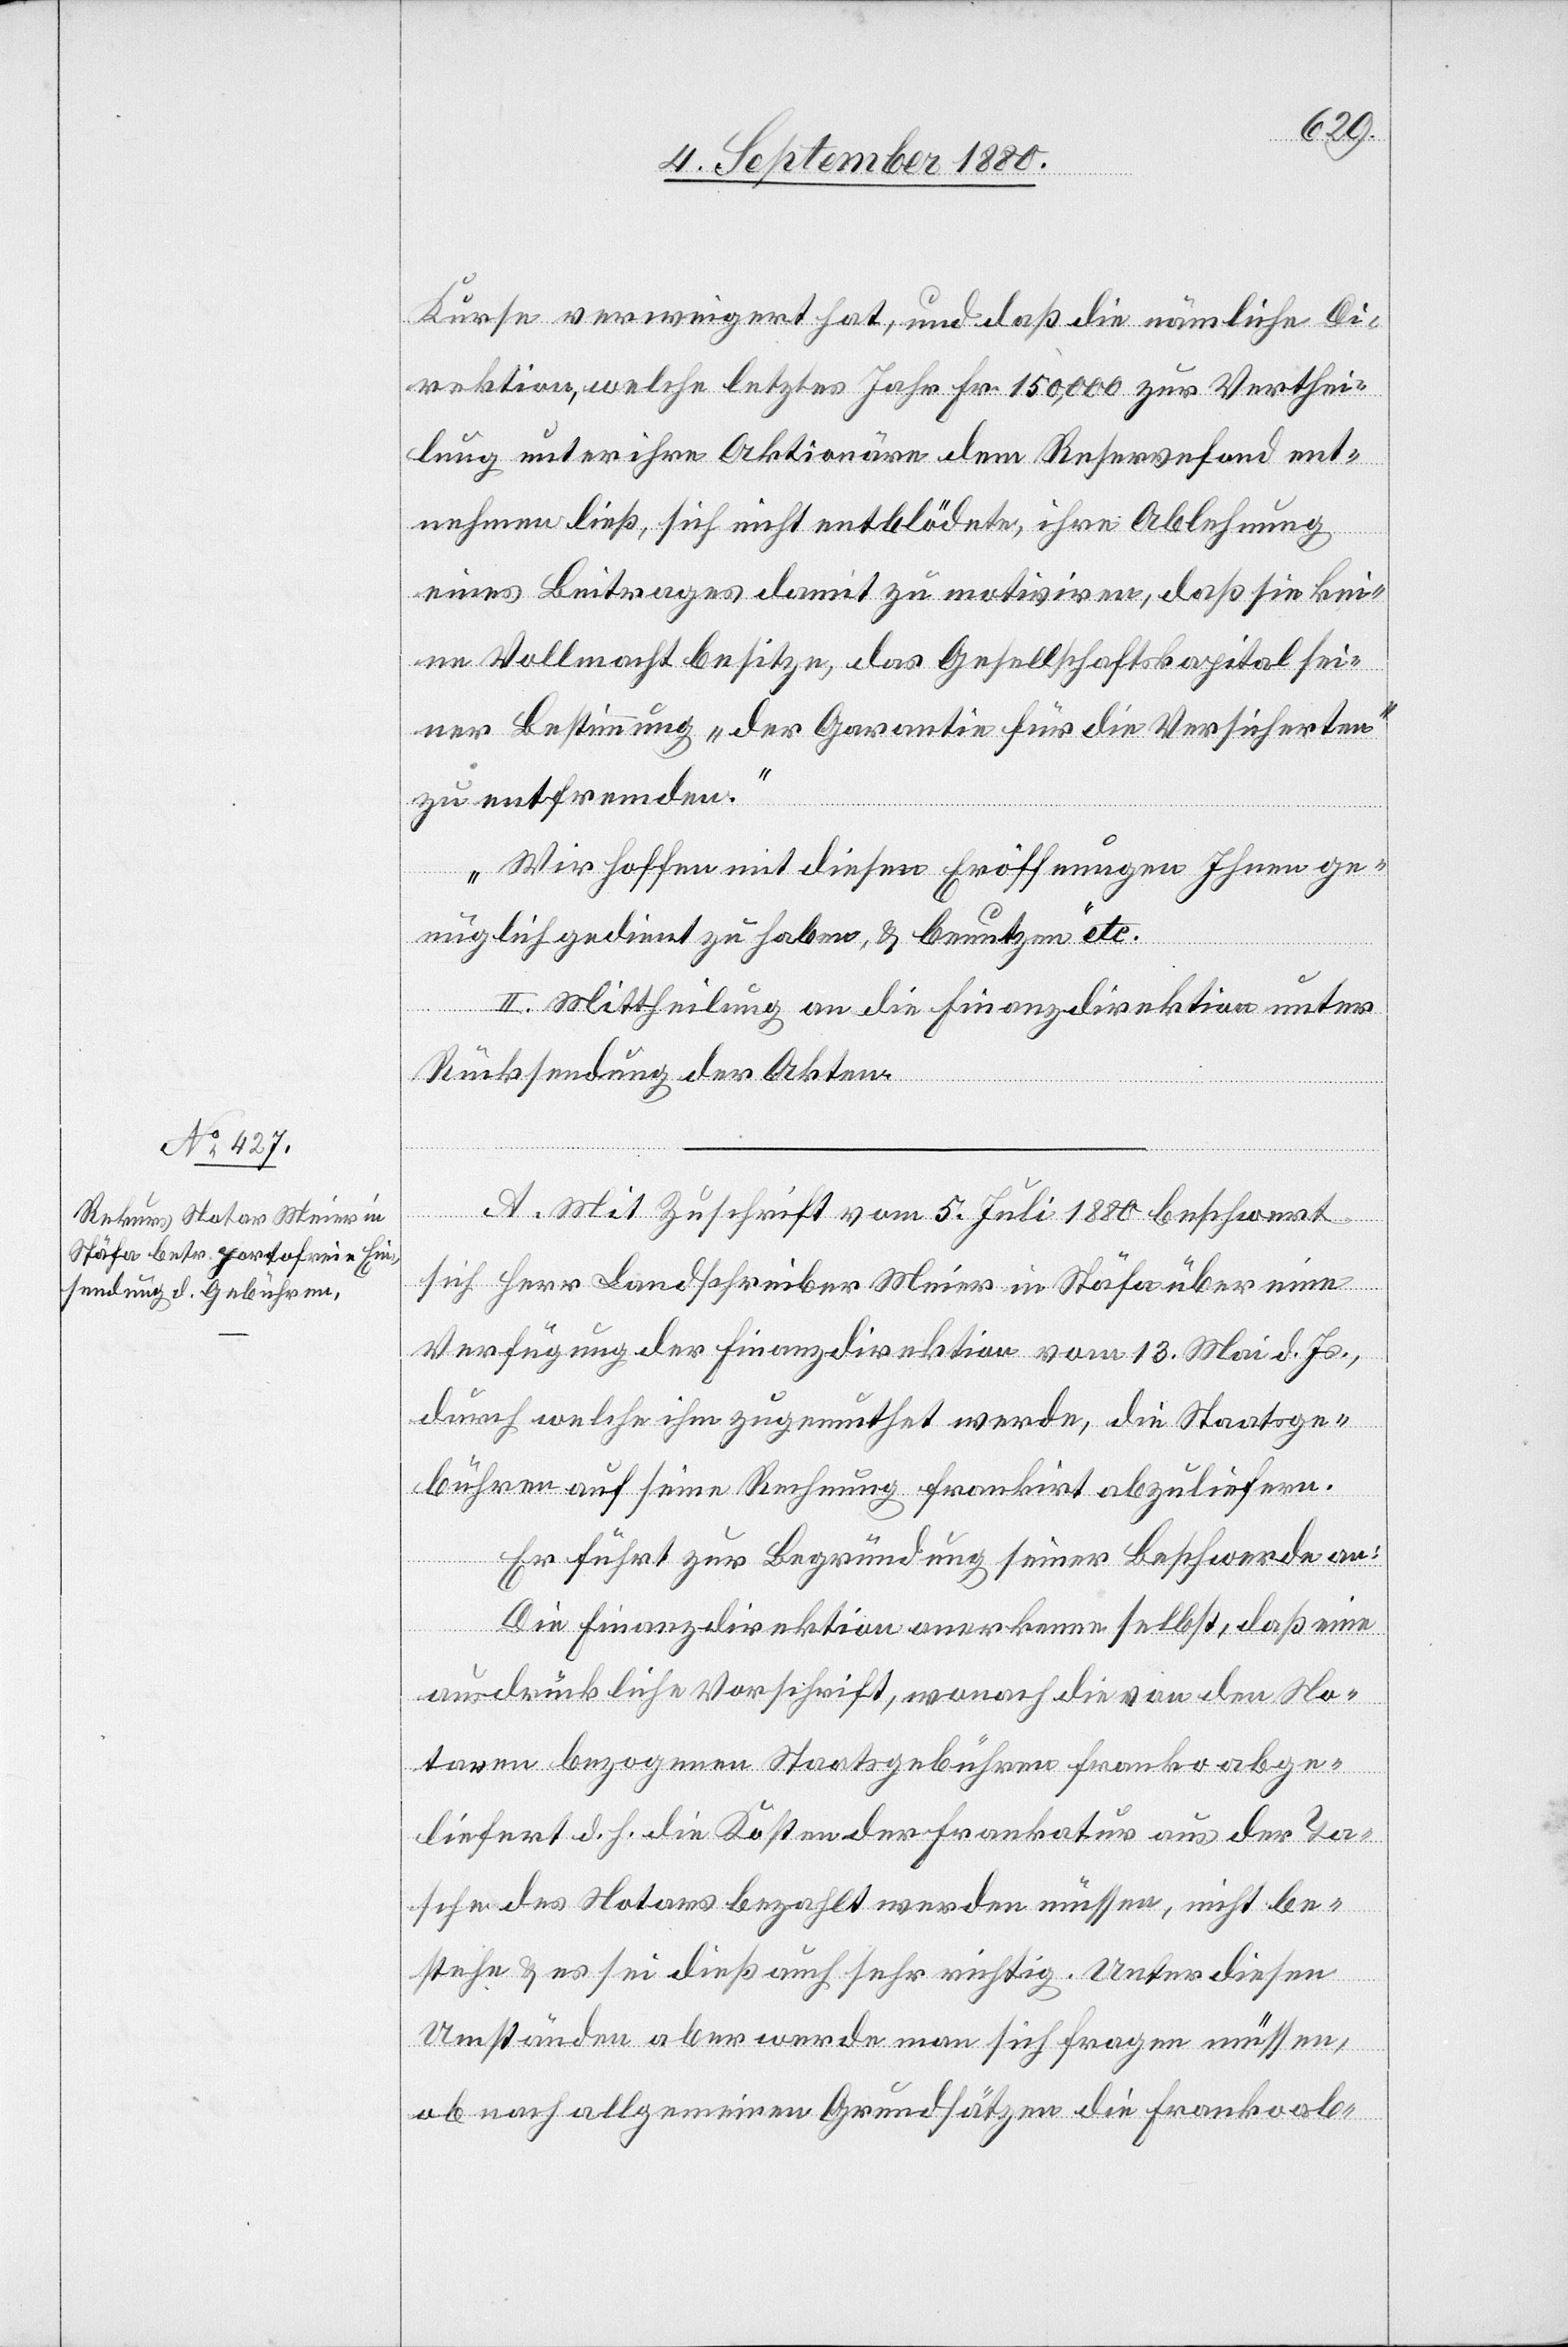
kurse verweigert hat, und daß die nämliche Di¬
rektion, welche letztes Jahr Fr. 150,000 zur Verthei¬
lung unter ihre Aktionäre dem Reservefond ent¬
nehmen ließ, sich nicht entblödete, ihre Ablehnung
eines Beitrages damit zu motiviren, daß sie kei¬
ne Vollmacht besitze, das Gesellschaftskapital sei¬
ner Bestimmung „der Garantie für die Versicherten“
zu entfremden.
Wir hoffen mit diesen Eröffnungen Ihnen ge¬
nüglich gedient zu haben, & benutzen etc.“
II. Mittheilung an die Finanzdirektion unter
Rücksendung der Akten.
A. Mit Zuschrift vom 5. Juli 1880 beschwert
sich Herr Landschreiber Meier in Stäfa über eine
Verfügung der Finanzdirektion vom 13. Mai d. Js.,
durch welche ihm zugemuthet werde, die Staatsge¬
bühren auf seine Rechnung frankirt abzuliefern.
Er führt zur Begründung seiner Beschwerde an:
Die Finanzdirektion anerkenne selbst, daß eine
ausdrückliche Vorschrift, wonach die von den No¬
taren bezogene Staatsgebühren franko abge¬
liefert d.h. die Kosten der Frankatur aus der Ta¬
sche des Notars bezahlt werden müsse, nicht be¬
stehe & es sei dieß auch sehr richtig. Unter diesen
Umständen aber werde man sich fragen müssen,
ob nach allgemeinen Grundsätzen die Frankoab-